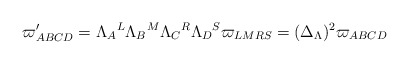
\begin{align*}\varpi _{ABCD}^{\prime }=\Lambda _{A}{}^{L}\Lambda _{B}{}^{M}\Lambda_{C}{}^{R}\Lambda _{D}{}^{S}\varpi _{LMRS}=(\Delta _{{\small \Lambda }})^{2}\varpi _{ABCD} \end{align*}